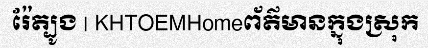
រ៉ែត្បូង | KHTOEMHomeព័ត៌មានក្នុងស្រុក